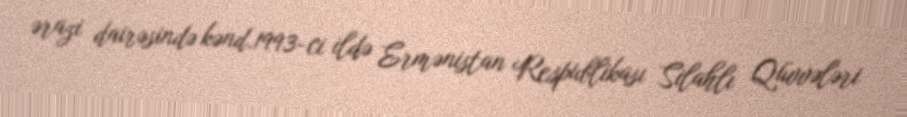
ərazi dairəsində kənd.1993-ci ildə Ermənistan Respublikası Silahlı Qüvvələri